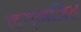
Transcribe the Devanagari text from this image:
नग्नजित